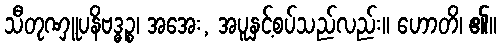
သီတုဏှူပနိဗဒ္ဓဉ္စ၊ အအေး, အပူနှင့်စပ်သည်လည်း။ ဟောတိ၊ ၏။